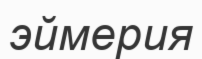
эймерия